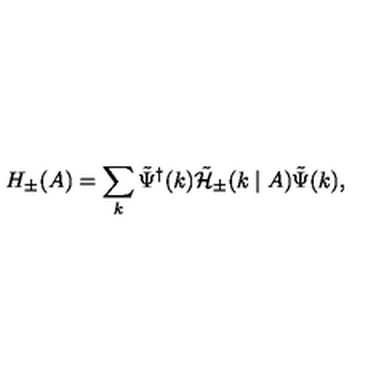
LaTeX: H _ { \pm } ( A ) = \sum _ { k } { \tilde { \Psi } } ^ { \dagger } ( k ) { \tilde { \cal H } } _ { \pm } ( k \mid A ) { \tilde { \Psi } } ( k ) ,